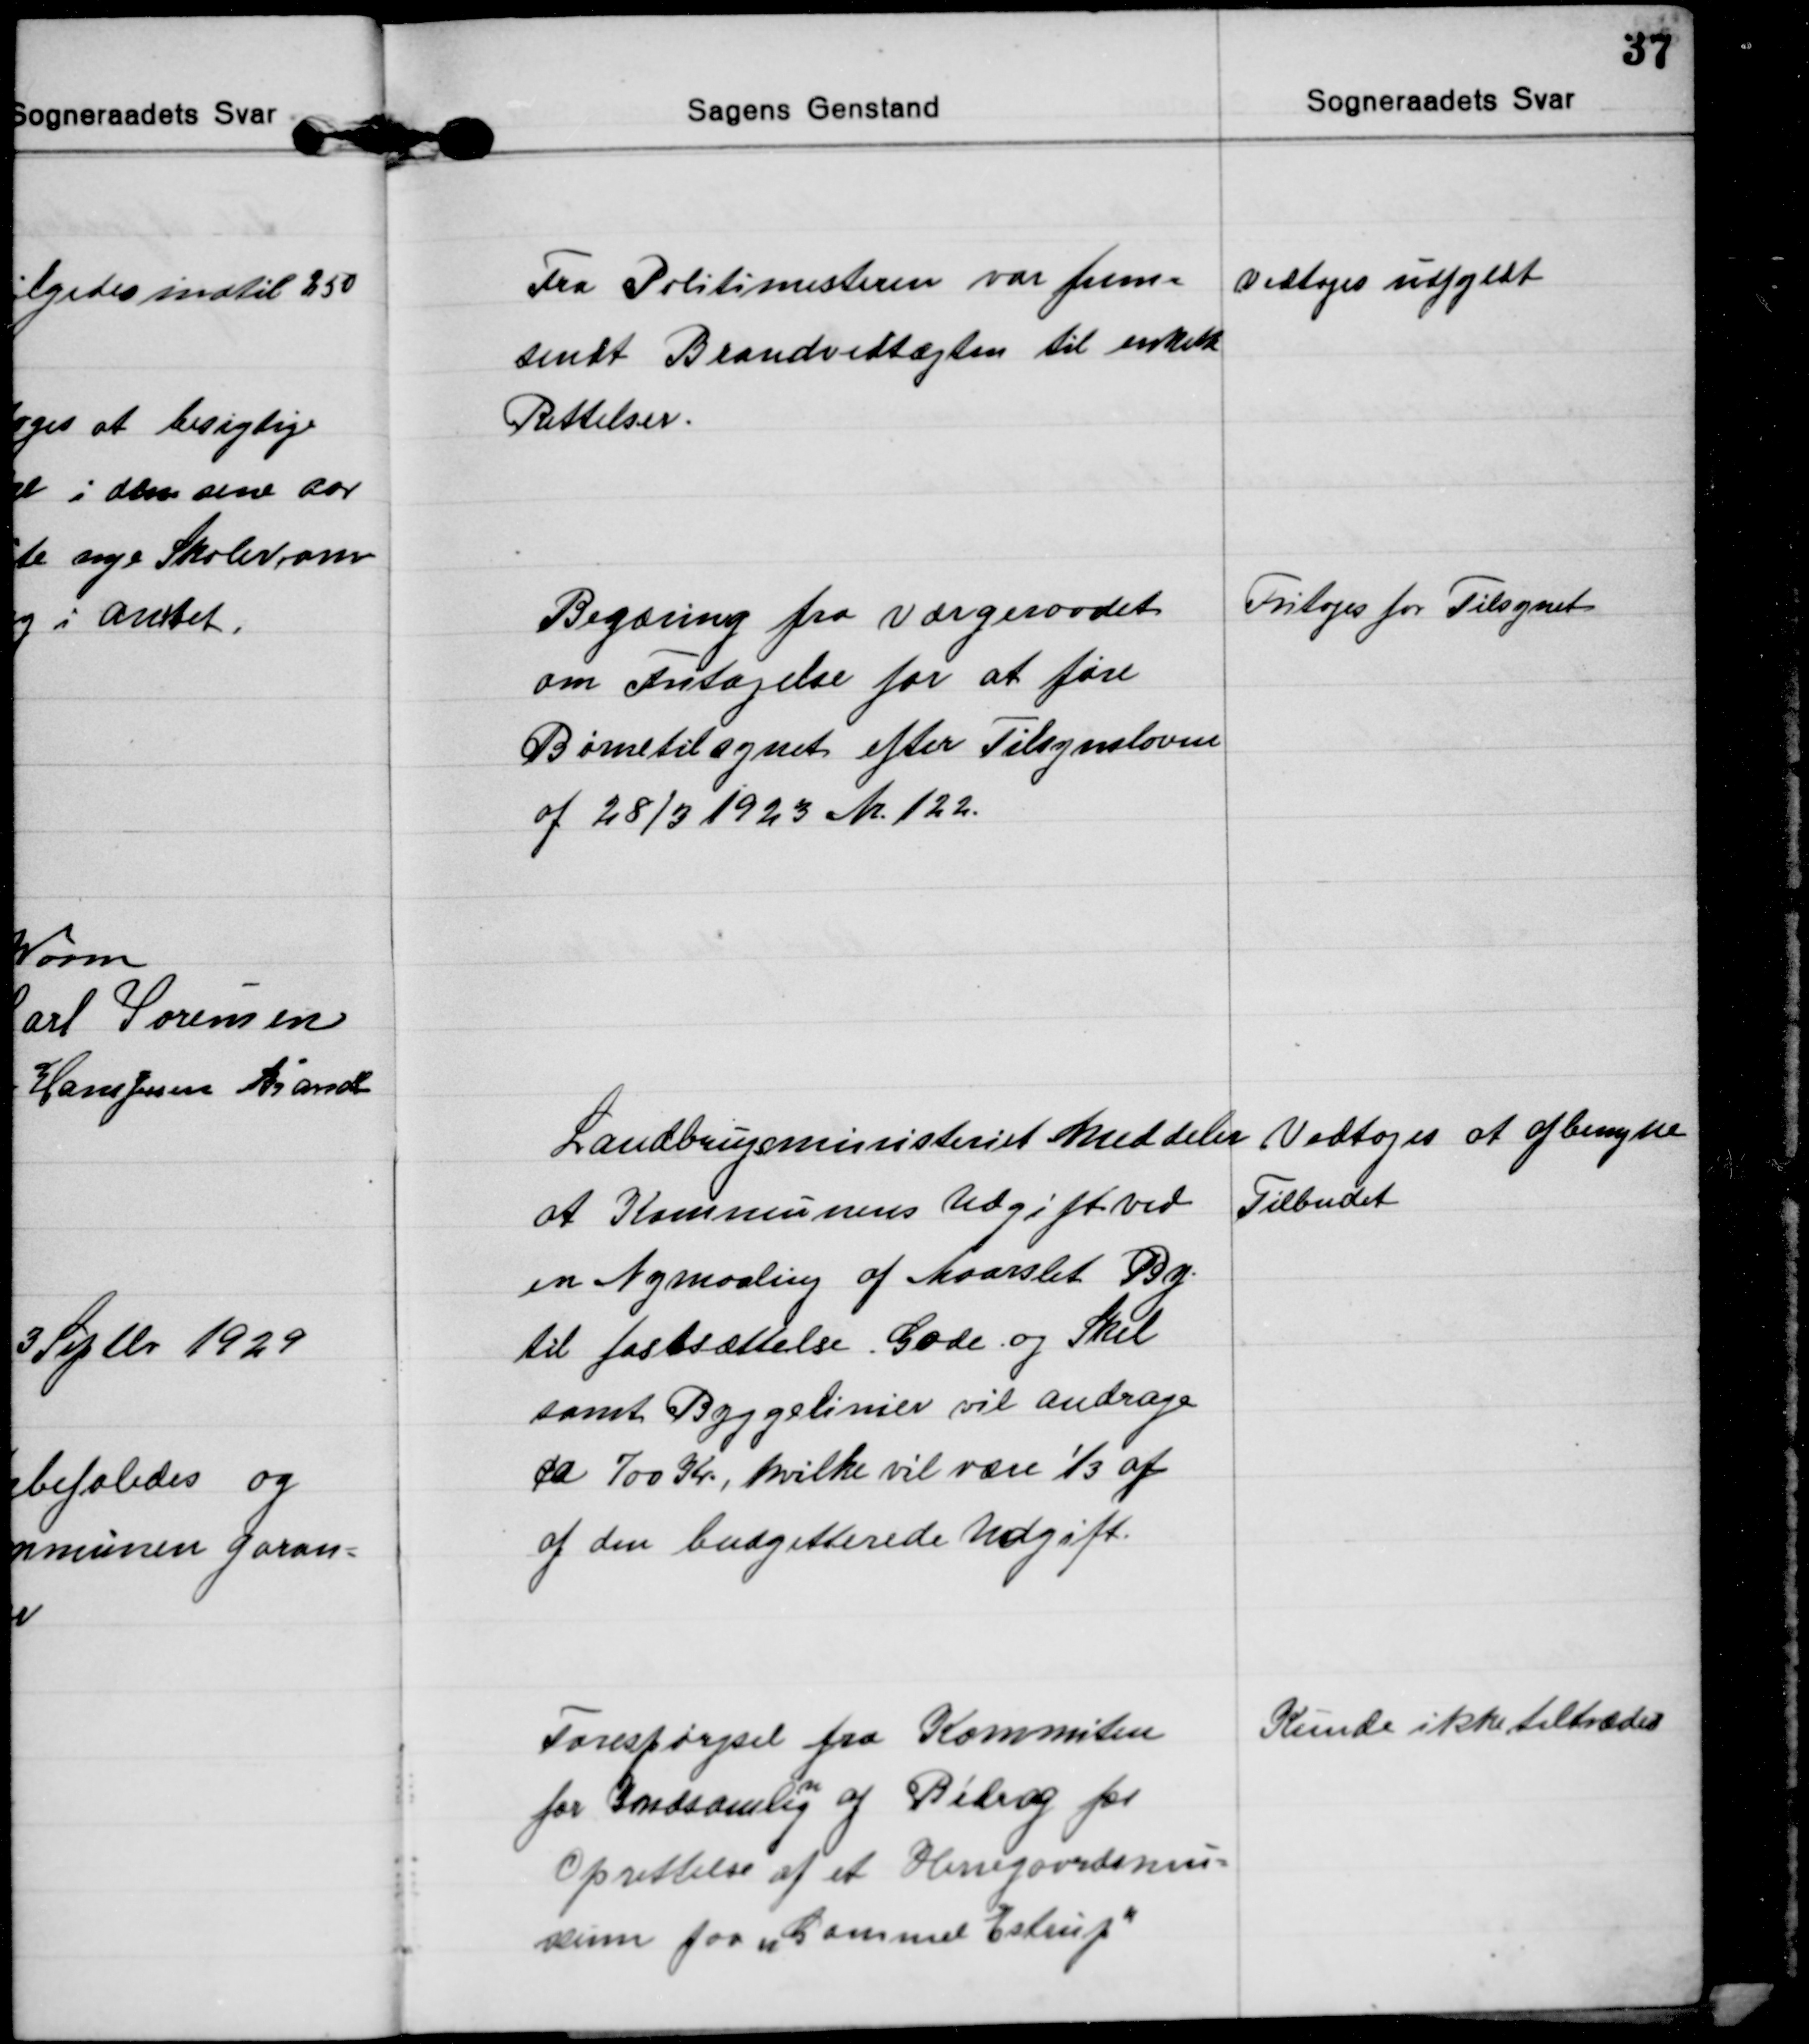
Transskription:
Fra Politimesteren var frem=
sendt Brandvedtægten til enkelte
Rettelser.
Vedtoges udfyldt

Begæring fra værgeraadet
om Fritagelse for at føre
Børnetilsynet efter Tilsynsloven
af 28/3 1923 Nr. 122.
Fritoges for Tilsynet

Landbrugsministeriet Meddeler
at Kommunens Udgift ved
en Nymaaling af Maarslet By
til fastsættelse Gade og Skel
samt Byggelinier vil andrage
ca 700 Kr, hvilke vil være ⅓ af
af den budgetterede Udgift.
Vedtoges at afbenytte
Tilbudet

Forespørgsel fra Kommiten
for Indsamli
n
g af Bidrag for
Oprettelse af et Herregaardsmu=
seum paa "Gammel Estrup"
Kunde ikke tiltrædes